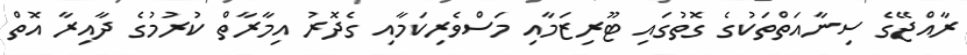
ރާއްޖޭގެ ސިނާއަތްތަކުގެ ގޮތުގައި ޓޫރިޒަމާއި މަސްވެރިކަމާއި ގެދޮރު އިމާރާތް ކުރުމުގެ ދާއިރާ އޮތް